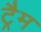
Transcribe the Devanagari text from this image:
ट्रैम